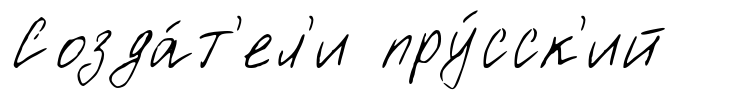
Созда́т'ел'и пру́сск'ий